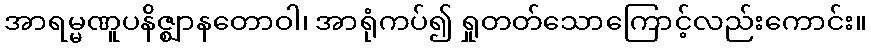
အာရမ္မဏူပနိဇ္ဈာနတောဝါ၊ အာရုံကပ်၍ ရှုတတ်သောကြောင့်လည်းကောင်း။